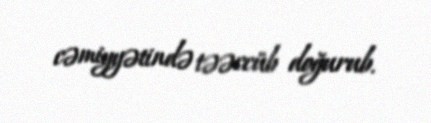
cəmiyyətində təəccüb doğurub.